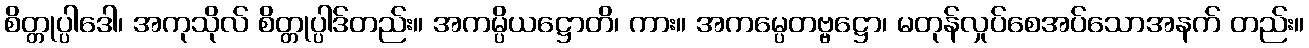
စိတ္တုပ္ပါဒေါ၊ အကုသိုလ် စိတ္တုပ္ပါဒ်တည်း။ အကမ္ပိယဋ္ဌောတိ၊ ကား။ အကမ္ပေတဗ္ဗဋ္ဌော၊ မတုန်လှုပ်စေအပ်သောအနက် တည်း။